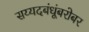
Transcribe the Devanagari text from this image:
सय्यदबंधूंबरोबर